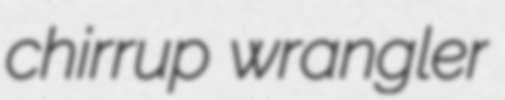
chirrup wrangler